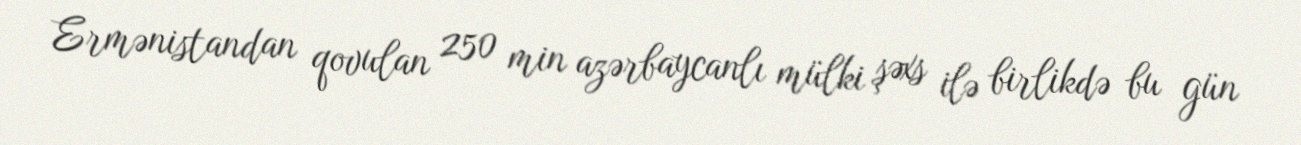
Ermənistandan qovulan 250 min azərbaycanlı mülki şəxs ilə birlikdə bu gün